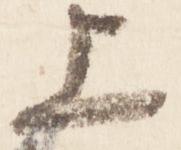
上